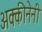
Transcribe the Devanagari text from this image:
अक्कीनेनी